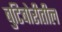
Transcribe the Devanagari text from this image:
बुटिबोरीतील